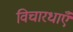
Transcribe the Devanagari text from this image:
विचारधाएँ